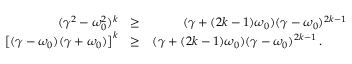
\begin{array} { r l r } { ( \gamma ^ { 2 } - \omega _ { 0 } ^ { 2 } ) ^ { k } } & { \geq } & { ( \gamma + ( 2 k - 1 ) \omega _ { 0 } ) ( \gamma - \omega _ { 0 } ) ^ { 2 k - 1 } } \\ { \left[ ( \gamma - \omega _ { 0 } ) ( \gamma + \omega _ { 0 } ) \right] ^ { k } } & { \geq } & { ( \gamma + ( 2 k - 1 ) \omega _ { 0 } ) ( \gamma - \omega _ { 0 } ) ^ { 2 k - 1 } \, . \qquad } \end{array}